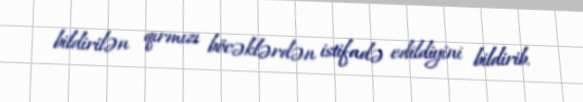
bildirilən qırmızı böcəklərdən istifadə edildiyini bildirib.